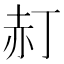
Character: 𧹙